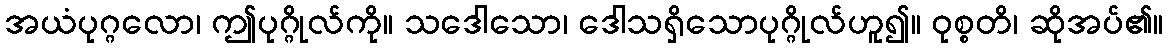
အယံပုဂ္ဂလော၊ ဤပုဂ္ဂိုလ်ကို။ သဒေါသော၊ ဒေါသရှိသောပုဂ္ဂိုလ်ဟူ၍။ ဝုစ္စတိ၊ ဆိုအပ်၏။